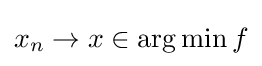
x_{n}\to x\in \arg \min f